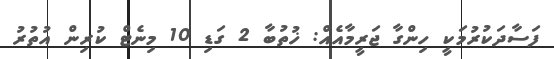
ފަސާދަކުރުމަކީ ހިންގާ ޖަރީމާއެއް: ޚުތުބާ 2 ގަޑި 10 މިނެޓް ކުރިން އުތުރު